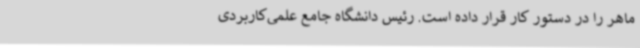
ماهر را در دستور کار قرار داده است. رئیس دانشگاه جامع علمی‌کاربردی